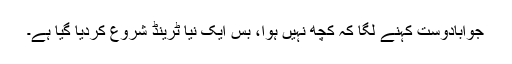
جواباًدوست کہنے لگا کہ کچھ نہیں ہوا، بس ایک نیا ٹرینڈ شروع کردیا گیا ہے۔